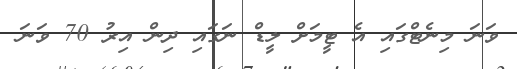
ވަނަ މިނެޓްގައި އެ ޓީމަށް ލީޑް ނަގައި ދިން އިރު 70 ވަނަ